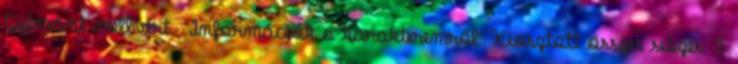
Gyémánt mellvért. Információk a karakteremről: Kiosztott összes sebzés: 5